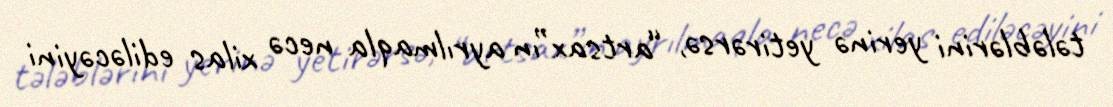
tələblərini yerinə yetirərsə, “artsax”ın ayrılmaqla necə xilas ediləcəyini